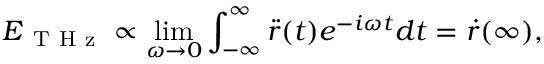
\boldsymbol { E } _ { \mathrm { ~ T ~ H ~ z ~ } } \propto \operatorname* { l i m } _ { \omega \rightarrow 0 } \int _ { - \infty } ^ { \infty } \boldsymbol { \Ddot { r } } ( t ) e ^ { - i \omega t } d t = \boldsymbol { \dot { r } } ( \infty ) ,